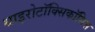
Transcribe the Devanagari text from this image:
थाइरोटॉक्सिकॉसिस